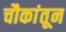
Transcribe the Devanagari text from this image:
चौकांतून